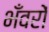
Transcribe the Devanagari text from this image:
भँवरों